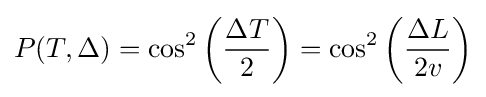
P(T,\Delta )=\cos ^{2}\left({\frac {\Delta T}{2}}\right)=\cos ^{2}\left({\frac {\Delta L}{2v}}\right)